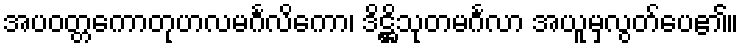
အပဝတ္တကောတုဟလမင်္ဂလိကော၊ ဒိဋ္ဌိသုတမင်္ဂလာ အယူမှလွတ်ပေ၏။